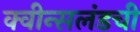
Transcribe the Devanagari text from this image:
क्वीन्सलंडची